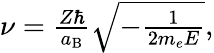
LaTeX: \begin{array}{r}{\nu=\frac{Z\hbar}{a_{\mathrm{B}}}\sqrt{-\frac{1}{2m_{e}E}},}\end{array}